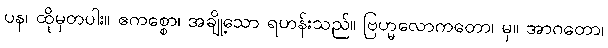
ပန၊ ထိုမှတပါး။ ဧကစ္စော၊ အချို့သော ရဟန်းသည်။ ဗြဟ္မလောကတော၊ မှ။ အာဂတော၊